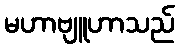
မဟာဗျူဟာသည်